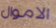
الاموال